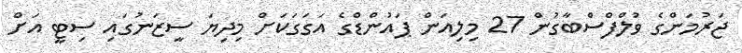
ޖަރުމަންގެ ވުލްފްސްބާގުން 27 މިލިއަން ޕައުންޑްގެ އަގަގަކަށް މިދިޔަ ސީޒަނުގައި ސިޓީ އަށް